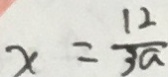
x = \frac { 1 2 } { 3 a }